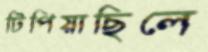
টিপিয়াছিলে